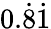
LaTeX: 0.{\dot{8}}{\dot{1}}